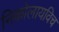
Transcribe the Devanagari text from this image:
निकोलायविच